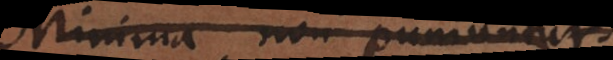
Minima non puniuntur.